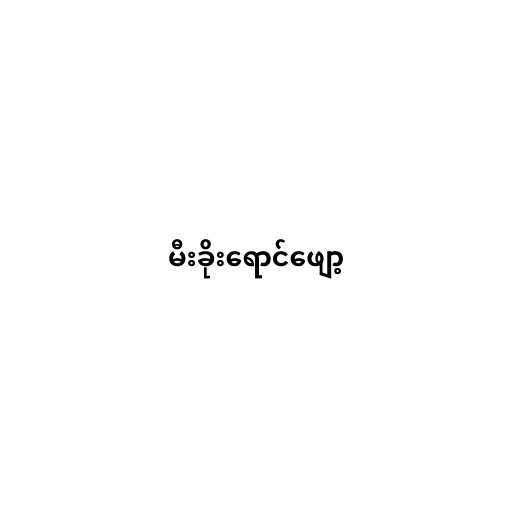
မီးခိုးရောင်ဖျော့